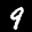
Label: 9